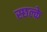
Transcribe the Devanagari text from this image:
स्छल्के